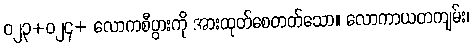
ဝ၂၃+ဝ၂၄+ လောကစီပွားကို အားထုတ်စေတတ်သော။ လောကာယတကျမ်း၊